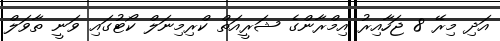
އަދި މިރޭ 8 ޖަހާއިރު އިމްރާންގެ ޝަރީއަތް ކްރިމިނަލް ކޯޓުގައި ވަނީ ތާވަލް